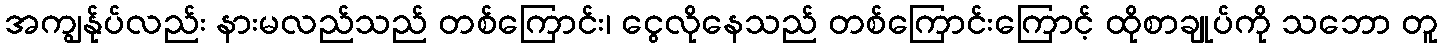
အကျွန်ုပ်လည်း နားမလည်သည် တစ်ကြောင်း၊ ငွေလိုနေသည် တစ်ကြောင်းကြောင့် ထိုစာချုပ်ကို သဘော တူ